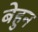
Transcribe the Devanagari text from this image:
बेहुन